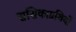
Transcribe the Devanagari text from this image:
ससिकाग्रथियों